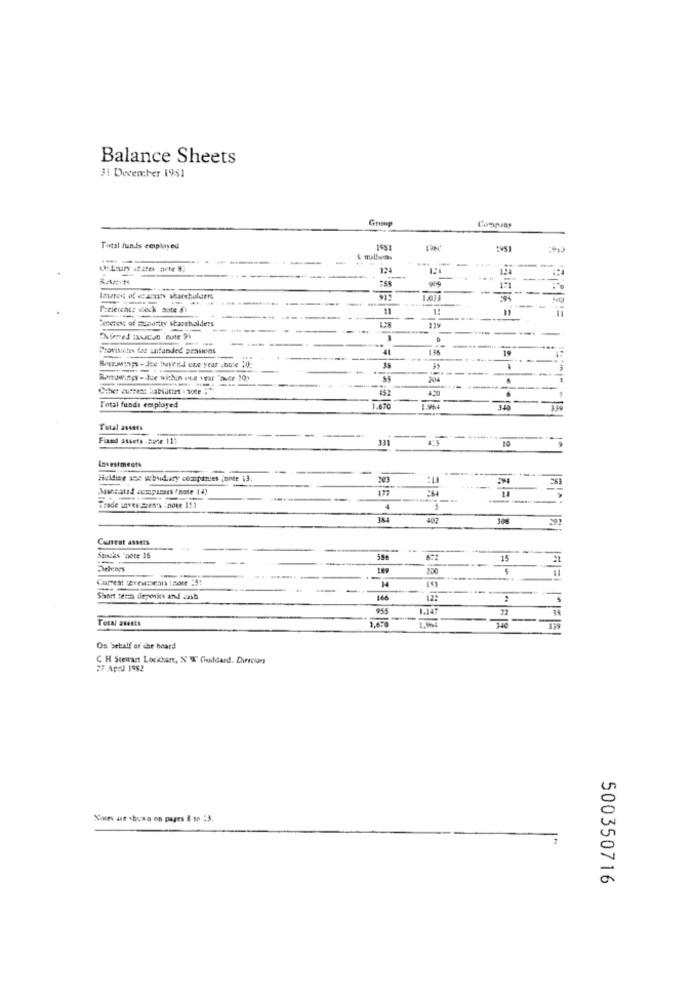
Balance Sheets
31 December 1981
Total funds employed
:981
---
-
124
-
-
Patienencz steck sote &
11
----
Permets of Eenarity shareholders
-
119
-
Provisich far unfunded praskins
41
19
Burswings - Jee leyend one year , note 10;
.
Total funds employed
340
Total assets
Fixed assets .2010 113
---
331
10
9
Lovestments
-
Heldier ane webudary companies fonte i3.
Jawsated ecmpanses fnote 14)
---
--
Trade saves meents : note 153
401
Current assets
-
Spades "note 15
--
21
200
-
Current 2vezesis tmore :St
-
14
--
--
Short term diepwire and cash
166
122
955
Total assets
Os behalf of the heard
C H Stewart Lockhart, X W Goddard. Durecian
27 April 1982
Nomes ant -huan on pages & to :3.
7
500350716